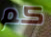
كم